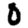
Digit: 0